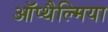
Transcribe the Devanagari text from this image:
ऑप्‍थैल्मिया